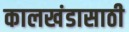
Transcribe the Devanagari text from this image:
कालखंडासाठी